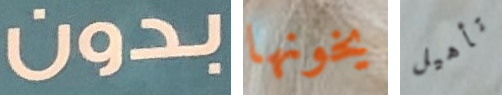
بدون يخونها تأهيل